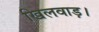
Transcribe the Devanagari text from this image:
खिलवाड़।